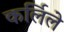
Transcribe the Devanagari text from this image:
कर्लिले